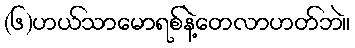
(၆)ဟယ်သာမောရစ်နဲ့တေလာဟတ်ဘဲ။